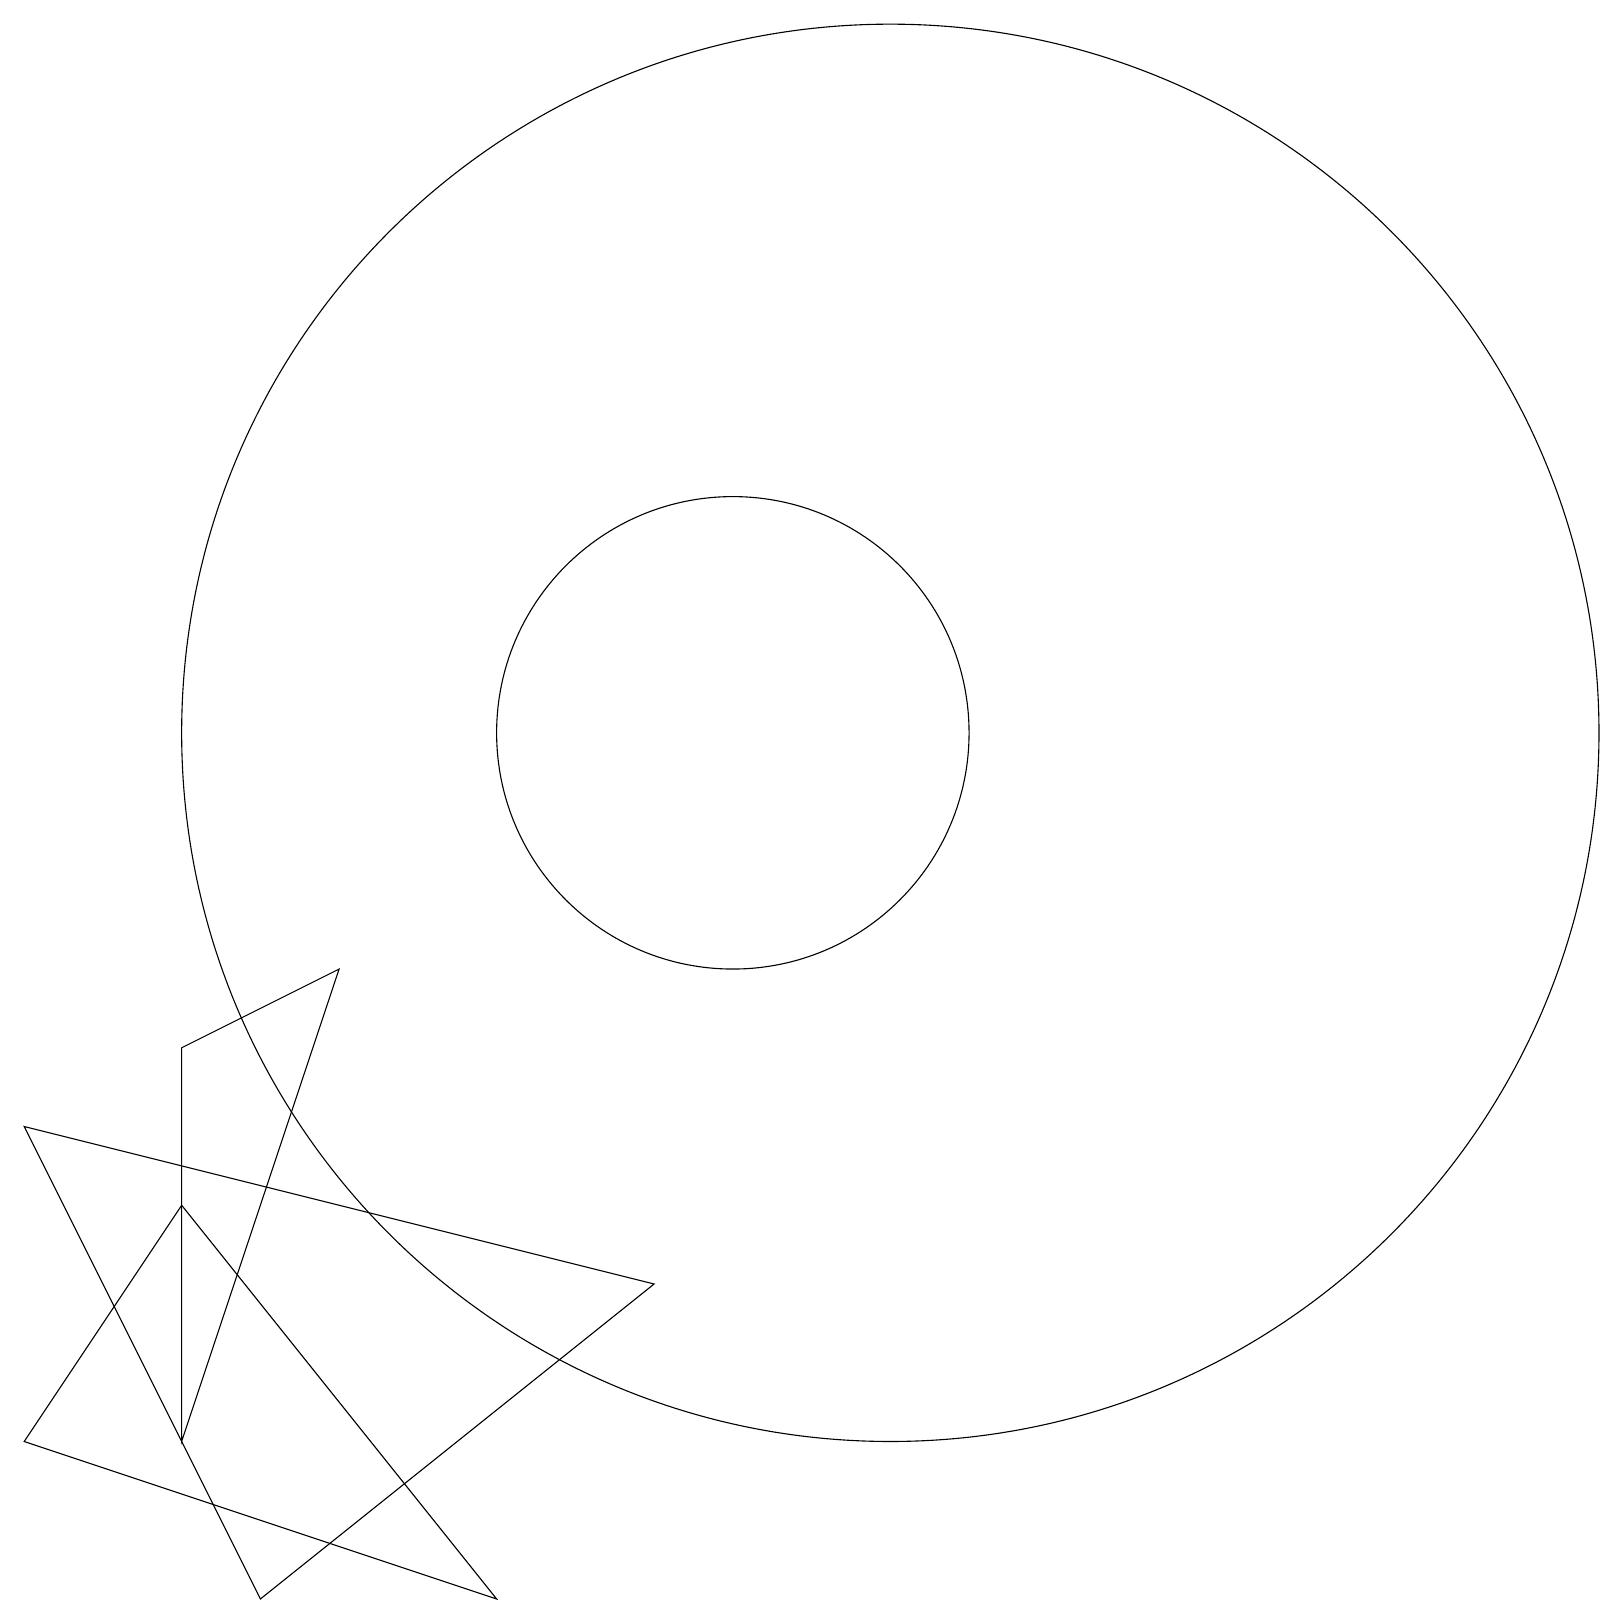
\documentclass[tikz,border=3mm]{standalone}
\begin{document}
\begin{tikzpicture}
\draw (10,11) circle (3);
\draw (1,2) -- (3,5) -- (7,0) -- cycle;
\draw (4,0) -- (9,4) -- (1,6) -- cycle;
\draw (5,8) -- (3,7) -- (3,2) -- cycle;
\draw (12,11) circle (9);
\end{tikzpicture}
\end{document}